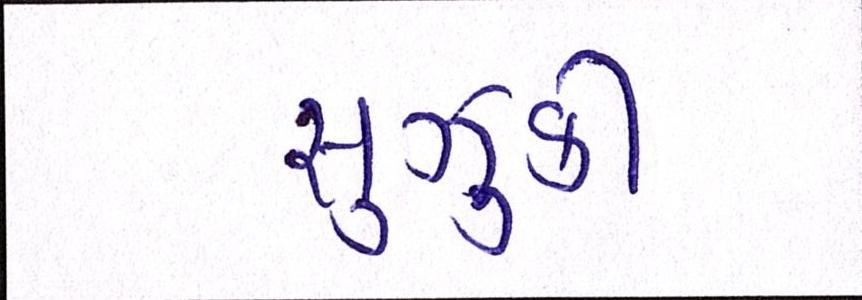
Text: સુઝુકી